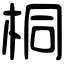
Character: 桐